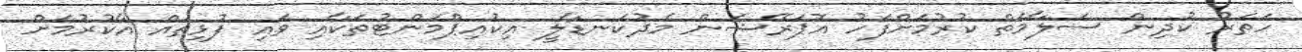
ހަތަރު ކުދިން ސަލާމަތް ކުރުމަށްފަހު އޮޕަރޭޝަން މެދުކަނޑާލީ އިކުއިޕްމަންޓުތަކާއި ވައި ފުޅިތައް އާކުރުމަށް